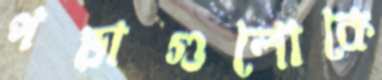
পড়াগুলোকে